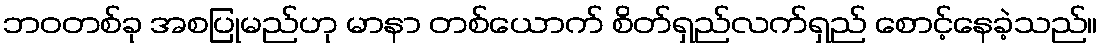
ဘဝတစ်ခု အစပြုမည်ဟု မာနာ တစ်ယောက် စိတ်ရှည်လက်ရှည် စောင့်နေခဲ့သည်။